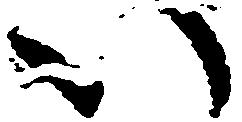
い